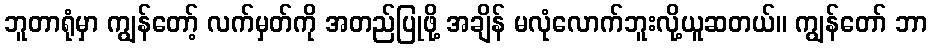
ဘူတာရုံမှာ ကျွန်တော့် လက်မှတ်ကို အတည်ပြုဖို့ အချိန် မလုံလောက်ဘူးလို့ယူဆတယ်။ ကျွန်တော် ဘာ